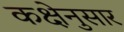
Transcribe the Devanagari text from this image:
कक्षेनुसार